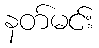
နတ်မင်း